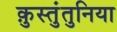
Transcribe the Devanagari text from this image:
क़ुस्तुंतुनिया